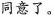
同意了。